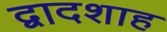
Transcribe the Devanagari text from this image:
द्वादशाह